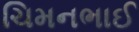
ચિમનભાઈ